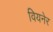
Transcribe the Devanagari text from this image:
वियनेर